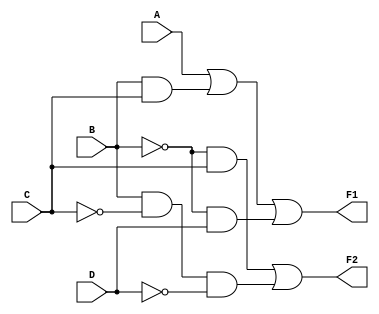
module Lab2_4(A, B, C, D, F1, F2);
input A, B, C, D;
output F1, F2;

assign F1 = A || (B&&C) || (!B&&D);
assign F2 = (!B&&C) || (B&&!C&&!D);
endmodule